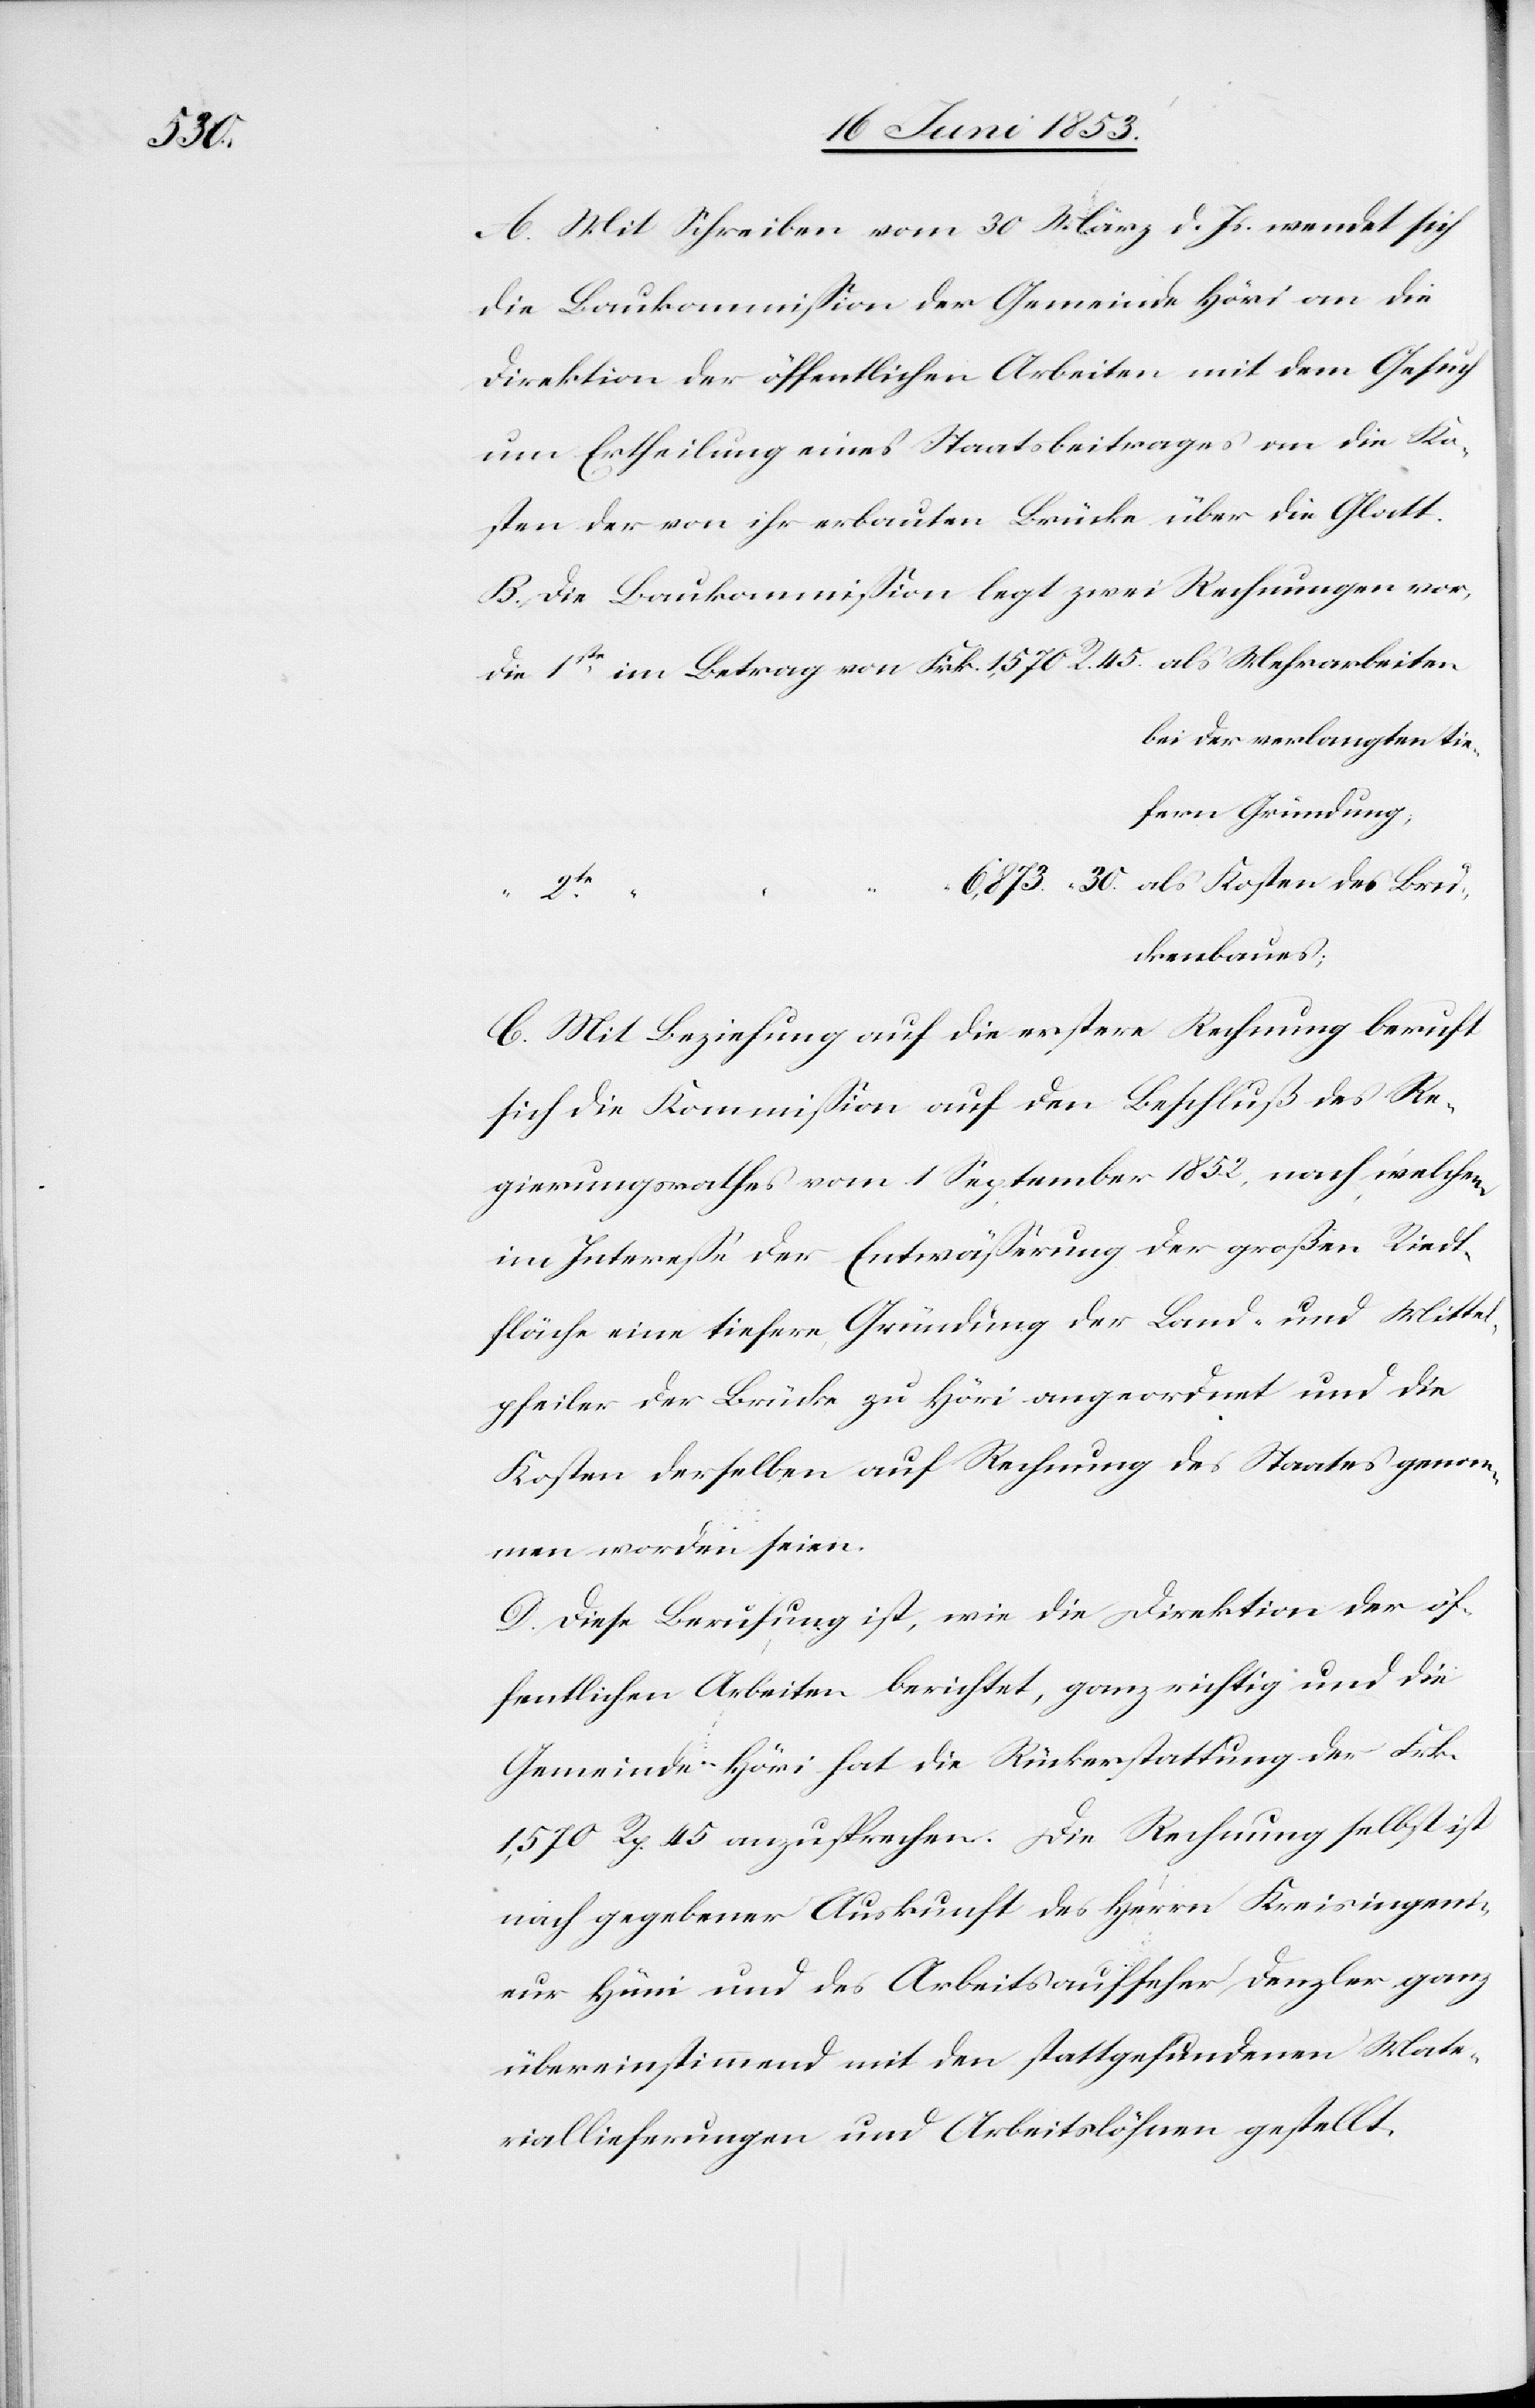
A. Mit Schreiben vom 30 März d. Js. wendet sich
die Baukommißion der Gemeinde Höri an die
Direktion der öffentlichen Arbeiten mit dem Gesuch
um Ertheilung eines Staatsbeitrages an die Ko¬
sten der von ihr erbauten Brücke über die Glatt.
B. Die Baukommißion legt zwei Rechnungen vor,
die 1ste, im Betrag von Frk. 1,570 Rp. 45 als Mehrarbeiten
bei der verlangten tie¬
fern
“	30 als Kosten des Brü¬
ckenbaues;
C. Mit Beziehung auf die erstere Rechnung beruft
sich die Kommißion auf den Beschluß des Re¬
gierungsrathes vom 1 September 1852, nach welchem
im Intereße der Entwäßerung der großen Riedt¬
fläche eine tiefere Gründung der Land- und Mittel¬
pfleiler der Brücke zu Höri angeordnet und die
Kosten derselben auf Rechnung des Staates genom¬
men worden seien.
D. Diese Berufung ist, wie die Direktion der öf¬
fentlichen Arbeiten berichtet, ganz richtig und die
Gemeinde Höri hat die Rückerstattung der Frk.
1,570 Rp. 45 anzusprechen. Die Rechnung selbst ist
nach gegebener Auskunft des Herrn Kreisingeni¬
eur Hüni und des Arbeitsaufseher Denzler ganz
übereinstimmend mit den stattgefundenen Mate¬
riallieferungen und Arbeitslöhnen gestellt.